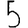
Digit: 5